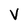
Character: V